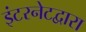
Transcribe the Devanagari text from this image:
इंटरनेटद्वारा